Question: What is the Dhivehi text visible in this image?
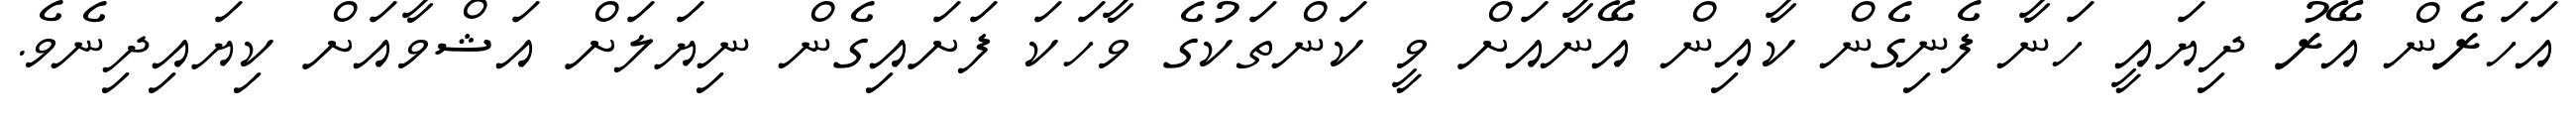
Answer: އަހަރެން އޭރު ދިޔައީ ހަނާ ފެނިގެން ކާއިން އޭނާއަށް ވީ ކަންތަކުގެ ވާހަކަ ފަށައިގެން ނިޔަލަށް އަޝްވާއަށް ކިޔައިދިނެވެ.